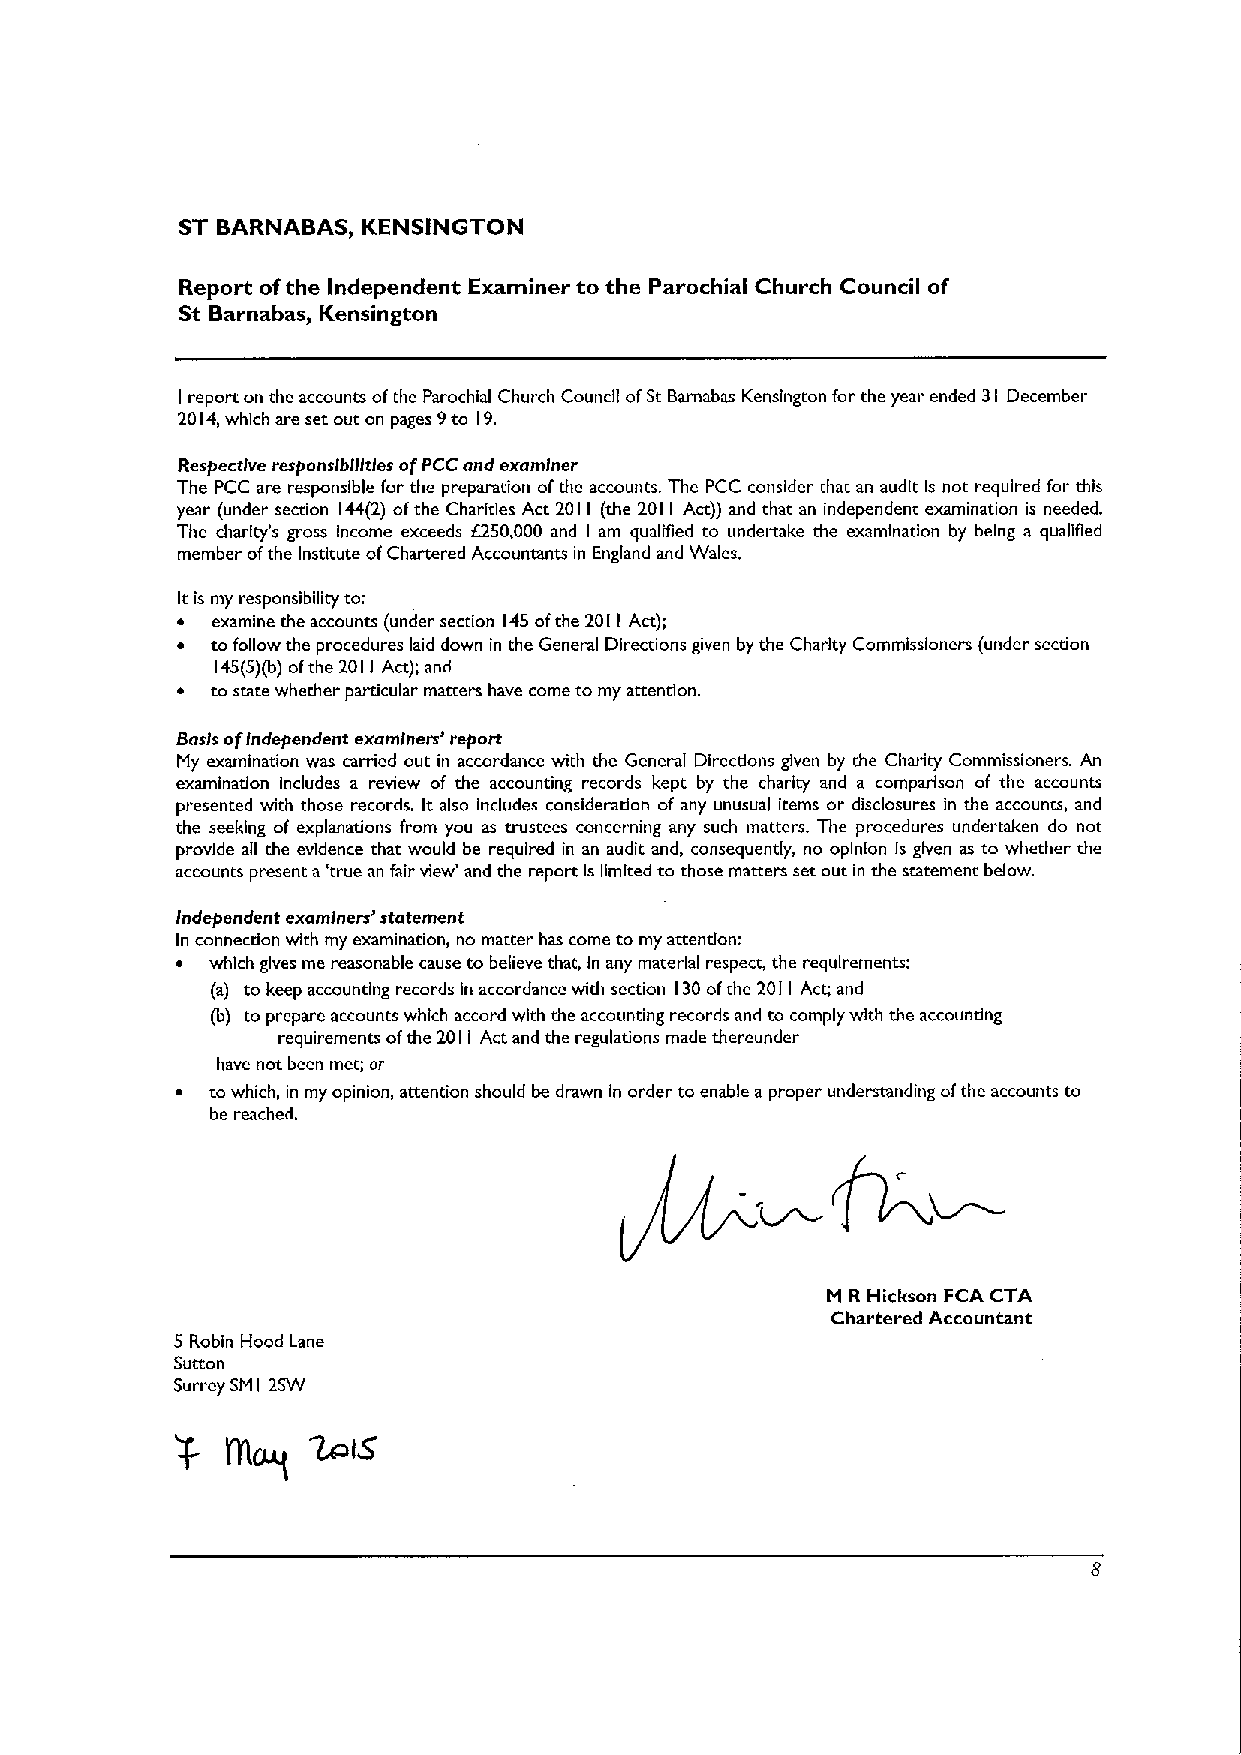
ST BARNABAS, KENSINGTON
 Report ofthe Independent Examiner to the Parochial Church Council of
 St Barnabas, Kensington
 report on the accounts ofthe Parochial Church Council ofSt Barnabas Kensington forthe year ended 31 December
 I
 2014,which are set out on pages 9to 19.
 Respective responsibilities ofPCCand examiner
 The PCC are responsible for the preparation ofthe accounts. The PCC consider that an audit Is not required for this
 year (under section 144(2) ofthe Charities Act 2011 (the 2011 Act)) and that an independent examination is needed.
 The charity's gross Income exceeds f350,000 and I am qualified to undertake the examination by being a quallged
 member ofthe Institute ofChartered Accountants in England and Wales.
 Itis my responsibility to:
 ~ examine the accounts (under section 145ofthe 2011Act);
 ~ to follow the procedures laid down in the General Directions given by the Charity Commissioners (under section
 145(5)(b)ofthe 2011Act); and
 ~ to state whether particular matters have come to my attention.
 Basis offndependent examiners' report
 My examination was carried out in accordance with the General Directions given by the Charity Commissioners. An
 examination includes a review of the accounting records kept by the charity and a comparison of the accounts
 presented with those records. It also includes consideradon of any unusual items or disclosures in the accounts, and
 the seeking of explanations from you as trustees concerning any such matters. The procedures undertaken do not
 provide all the evidence that would be required in an audit and, consequently, no opinion Is given as to whether the
 accounts present a 'true an fair view' and the report Islimited to those matters set out in the statement bsdow.
 Independent examiners' statement
 In connecdon wkh my examination, no marter has come to my attention:
 ~ which gives me reasonable cause to believe that, In any material respect, the requirements:
 (a) to keep accounting records in accordance with section 130ofthe 2011 Act; and
 (b) to prepare accounts which accord with the accounting records and to comply with the accoundng
 requirements ofthe 2011 Act and the reguladons made thereunder
 have not been met; or
 ~ to which, in my opinion, attention should be drawn In order to enable aproper understanding ofthe accounts to
 be reached.
 M R Hlckson FCA CTA
 Chartered Accountant
 5 Robin Hood Lane
 Sutton
 Surrey SM 2SW
 I
 ~IS
 7
 A10LLI